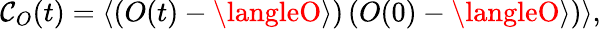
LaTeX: \mathcal{C}_{O}(t)=\langle\left(O(t)-\langleO\rangle\right)\left(O(0)-\langleO\rangle\right)\rangle,